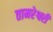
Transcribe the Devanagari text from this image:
तामरेश्वरी